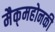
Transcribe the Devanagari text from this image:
मैक्‌महोनकी